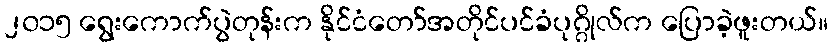
၂၀၁၅ ရွေးကောက်ပွဲတုန်းက နိုင်ငံတော်အတိုင်ပင်ခံပုဂ္ဂိုလ်က ပြောခဲ့ဖူးတယ်။